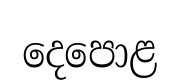
දෙපොළ